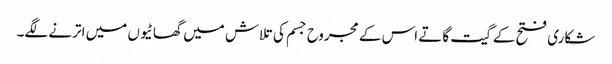
شکاری فتح کے گیت گاتے اس کے مجروح جسم کی تلاش میں گھاٹیوں میں اترنے لگے۔